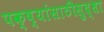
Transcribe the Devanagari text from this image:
पक्ष्यांसाठीसुद्धा